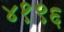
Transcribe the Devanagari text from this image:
४१९६